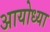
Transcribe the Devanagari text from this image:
अायोध्या